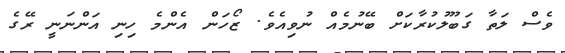
ވެސް ލަތާ ގަބޫލުކުރާކަށް ބޭނުމެއް ނުވިއެވެ. ޒޯހަން އެންމެ ހިނި އަންނަނީ ރޭގެ